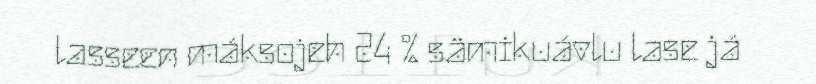
lasseen máksojeh 24 % sämikuávlu lase já